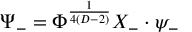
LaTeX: \Psi _ { - } = \Phi ^ { \frac { 1 } { 4 ( D - 2 ) } } { \cal X } _ { - } \cdot \psi _ { - }